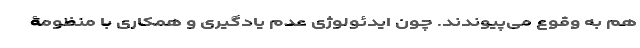
هم به وقوع می­پیوندند. چون ایدئولوژیِ عدمِ یادگیری و همکاری با منظومۀ